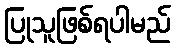
ပြုသူဖြစ်ရပါမည်